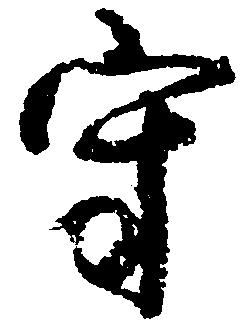
守